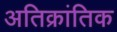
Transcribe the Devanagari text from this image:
अतिक्रांतिक